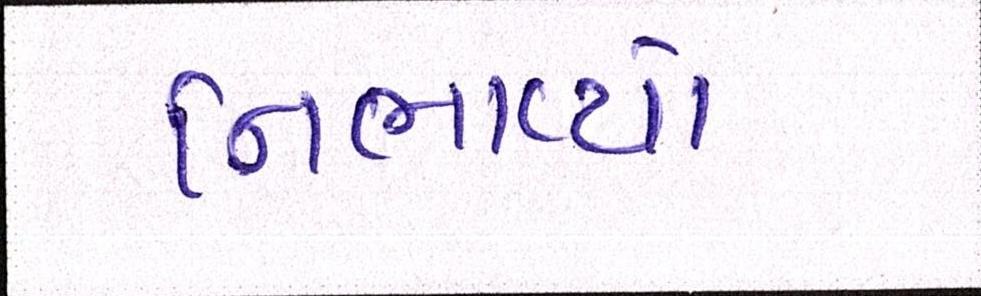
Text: નિભાવ્યો